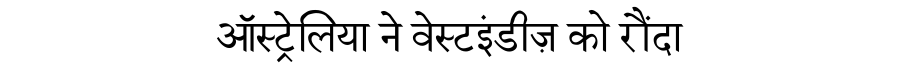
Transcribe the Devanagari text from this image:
ऑस्ट्रेलिया ने वेस्टइंडीज़ को रौंदा